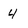
Character: 4